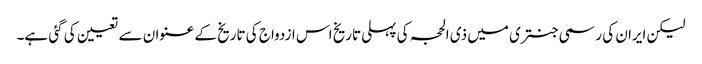
لیکن ایران کی رسمی جنتری میں ذی الحجہ کی پہلی تاریخ اس ازدواج کی تاریخ کے عنوان سے تعیین کی گئی ہے۔